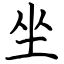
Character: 坐